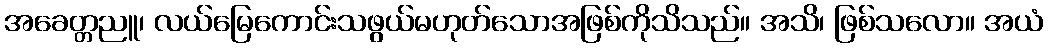
အခေတ္တညူ၊ လယ်မြေကောင်းသဖွယ်မဟုတ်သောအဖြစ်ကိုသိသည်။ အသိ၊ ဖြစ်သလော။ အယံ